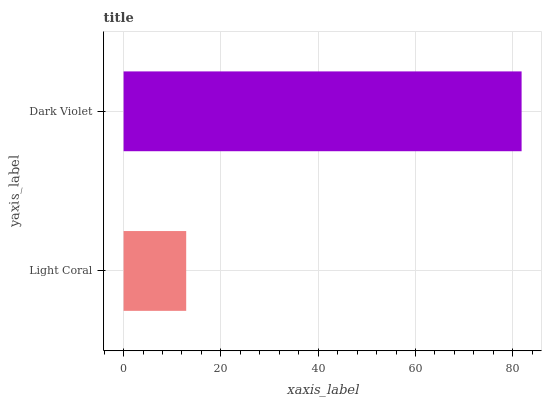
| yaxis_label | bars |
 | --- | --- |
 | Light Coral | 12.9 |
 | Dark Violet | 81.8 |